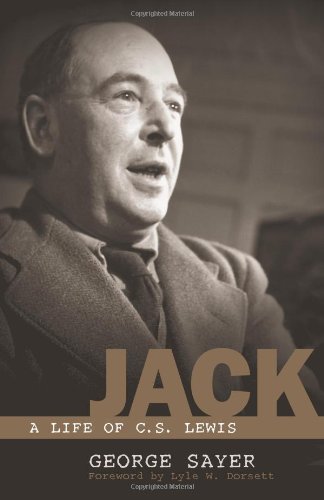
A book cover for Jack: A Life of C. S. Lewis; George Sayer; Science Fiction & Fantasy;